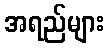
အရည်များ